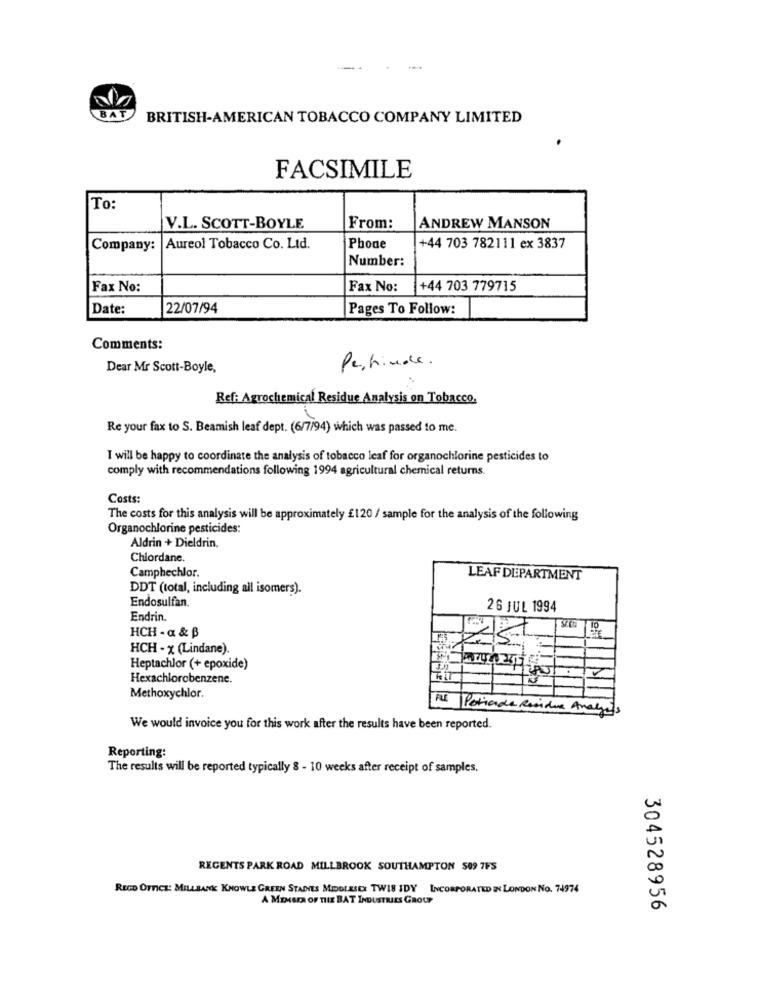
...
BAT
BRITISH-AMERICAN TOBACCO COMPANY LIMITED
FACSIMILE
ITo:
V.L. SCOTT-BOYLE
From:
ANDREW MANSON
Company: Aureol Tobacco Co. Ltd.
Phone
+44 703 782111 ex 3837
Number:
Fax No:
Fax No:
+44 703 779715
Date:
22/07/94
Pages To Follow:
Comments:
Dear Mr Scott-Boyle,
Perhinde.
Ref: Agrochemical Residue Analysis on Tobacco.
Re your fax to S. Beamish leaf dept. (6/7/94) which was passed to me.
I will be happy to coordinate the analysis of tobacco leaf for organochlorine pesticides to
comply with recommendations following 1994 agricultural chemical returns.
Costs:
The costs for this analysis will be approximately £120 / sample for the analysis of the following
Organochlorine pesticides:
Aldrin + Dieldrin,
Chlordane
Camphechlor.
LEAF DEPARTMENT
DDT (total, including all isomers).
Endosulfan.
26 JUL 1994
Endrin.
HCH - a & B
HCH - x (Lindane).
Heptachlor (+ epoxide)
Hexachlorobenzene.
Methoxychlor.
FLE Periode Residue Analges
We would invoice you for this work after the results have been reported.
Reporting:
The results will be reported typically 8 - 10 weeks after receipt of samples.
REGENTS PARK ROAD MILLBROOK SOUTHAMPTON 509 7FS
REGD OFFICE: MILLBANK KNOWLE GREEN STAINES MIDDLESEX TWIS IDY INCORPORATED IN LONDON NO. 74974
A MEMBER OF THE BAT INDUSTRIES GROUP
304528956